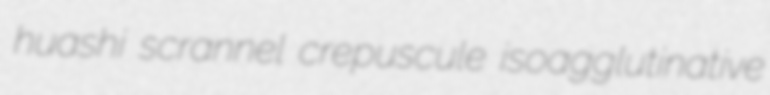
huashi scrannel crepuscule isoagglutinative